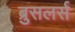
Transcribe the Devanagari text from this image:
ब्रुसलर्स